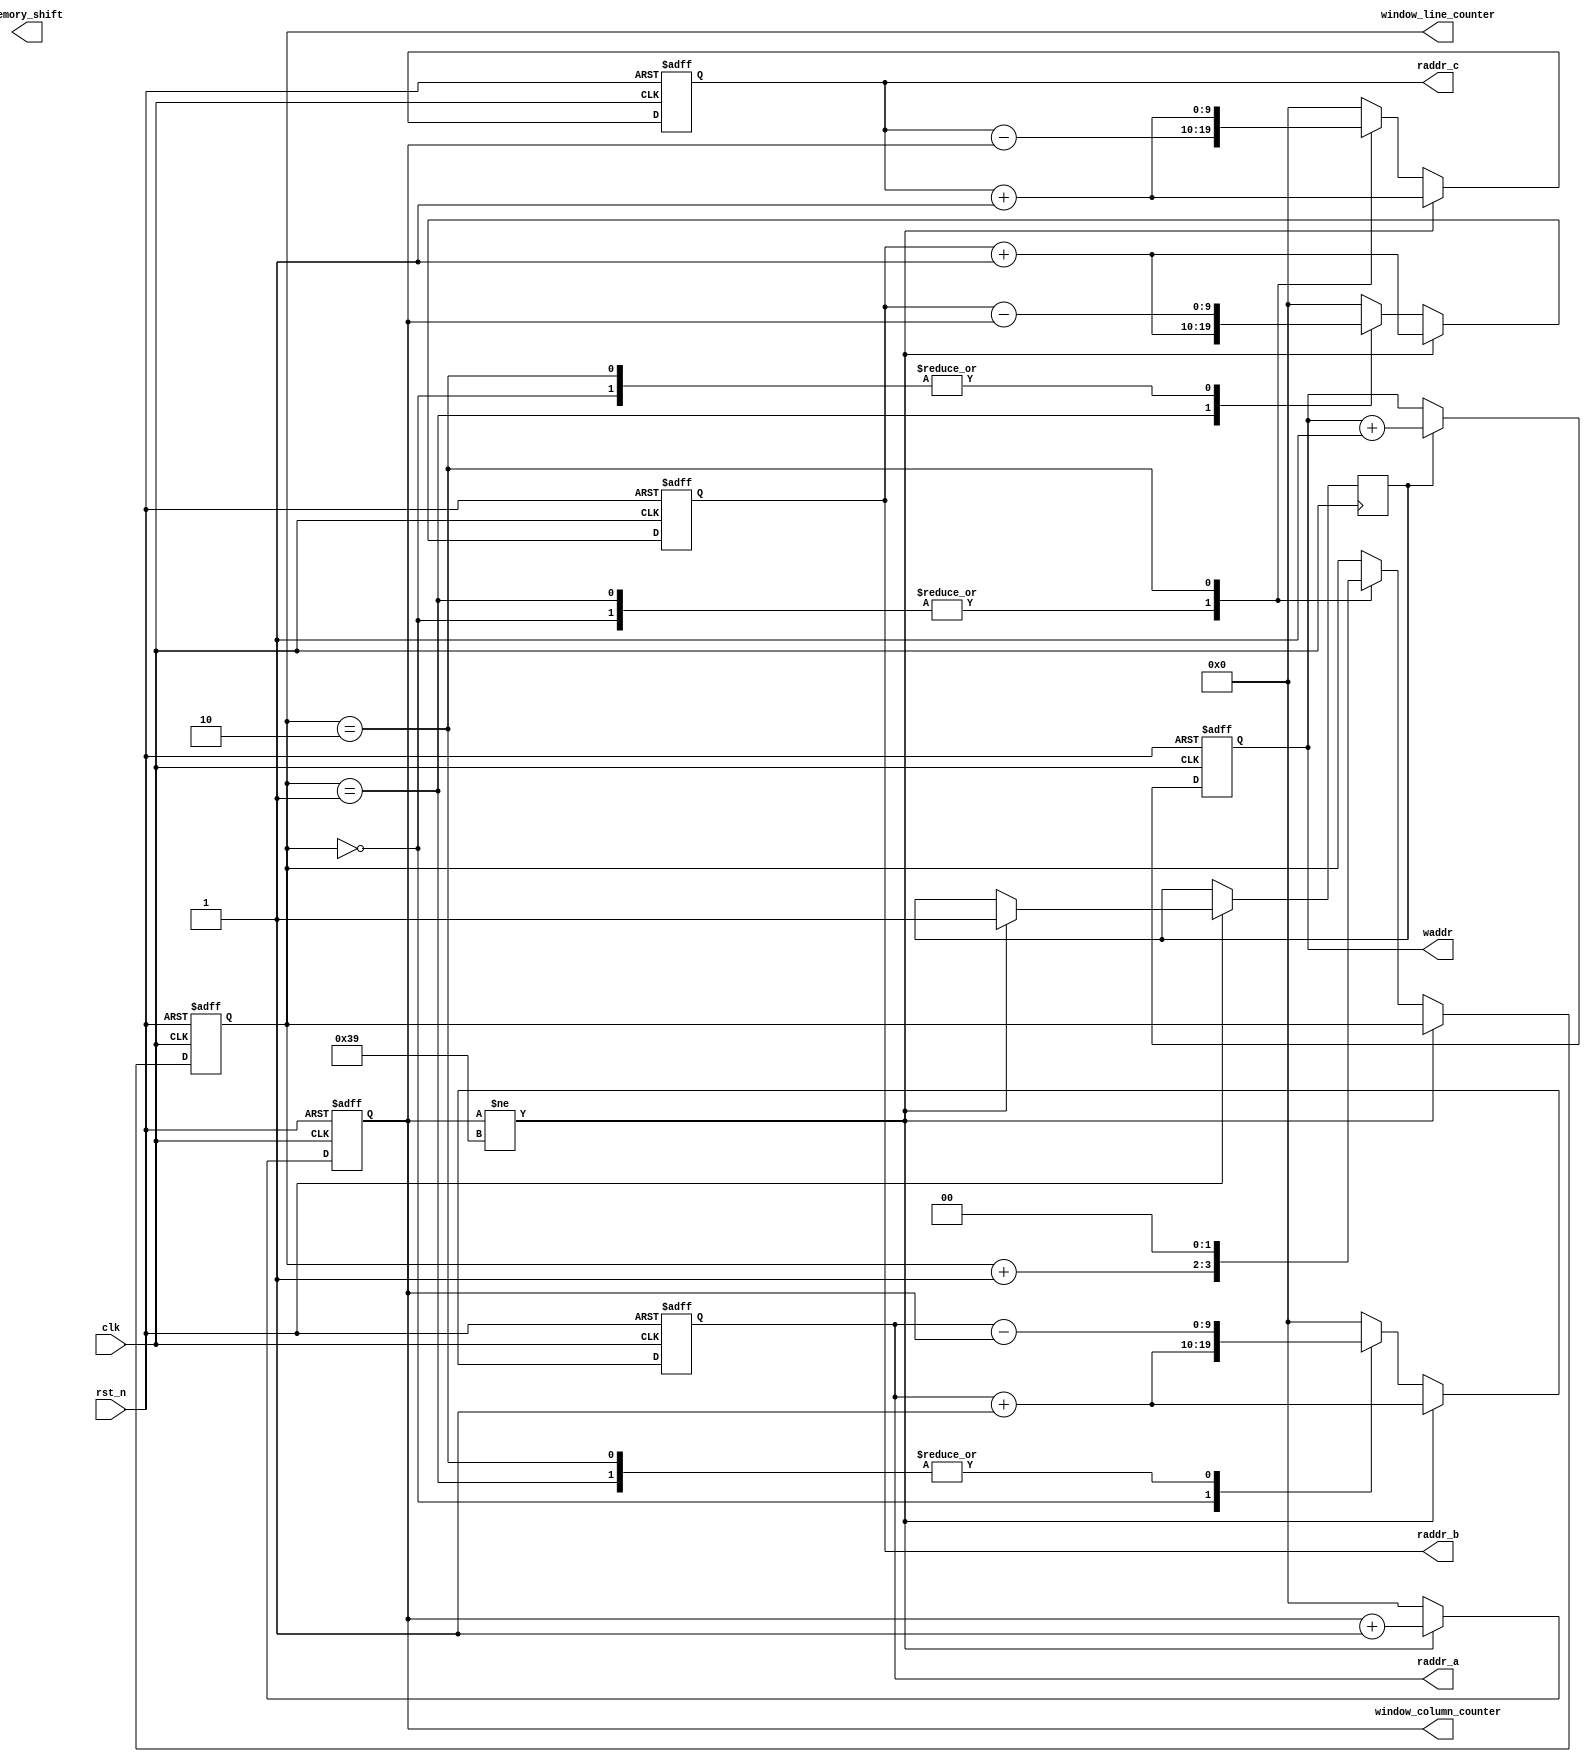
`define DEBUG

module state_machine
#(
    parameter LUT_ADDR_WIDTH = 10,
    parameter IMG_WIDTH = 234,
    parameter IMG_HEIGHT = 234
)(
    input clk, // Clock
    input rst_n, // Asynchronous reset active low

    output reg [LUT_ADDR_WIDTH-1:0] raddr_a,
    output reg [LUT_ADDR_WIDTH-1:0] raddr_b,
    output reg [LUT_ADDR_WIDTH-1:0] raddr_c,
    output reg [LUT_ADDR_WIDTH-1:0] waddr,
    output reg [1:0] window_line_counter,
    output reg [9:0] window_column_counter,
    output reg [9:0] memory_shift
);

    reg valid;

    always @(posedge clk or negedge rst_n)
    begin : out_memory_counter
        if(~rst_n) begin
            waddr <= {LUT_ADDR_WIDTH{1'b0}};
        end else if(valid) begin
            waddr <= waddr + 1'b1;
        end
    end

    always @(posedge clk or negedge rst_n)
    begin : addr_counter
        if(~rst_n) begin
            window_column_counter <= 10'd0;
            window_line_counter <= 2'b00;
            raddr_a <= {LUT_ADDR_WIDTH{1'b0}};
            raddr_b <= {LUT_ADDR_WIDTH{1'b0}};
            raddr_c <= {LUT_ADDR_WIDTH{1'b0}};
        end else begin
            if(window_column_counter != ((IMG_WIDTH/4)-1)) begin
                window_column_counter <= window_column_counter + 1'b1;
                valid <= 1'b1;
                raddr_a <= raddr_a + 1'b1;
                raddr_b <= raddr_b + 1'b1;
                raddr_c <= raddr_c + 1'b1;
            end else begin
                window_column_counter <= 10'd0;
                case (window_line_counter)
                    2'b00 :
                    begin
                        raddr_a <= raddr_a + 1'b1;
                        raddr_b <= raddr_b - window_column_counter;
                        raddr_c <= raddr_c - window_column_counter;
                        window_line_counter = window_line_counter + 1'b1;
                    end
                    2'b01 :
                    begin
                        raddr_b <= raddr_b + 1'b1;
                        raddr_a <= raddr_a - window_column_counter;
                        raddr_c <= raddr_c - window_column_counter;
                        window_line_counter = window_line_counter + 1'b1;
                    end
                    2'b10 :
                    begin
                        raddr_b <= raddr_b - window_column_counter;
                        raddr_a <= raddr_a - window_column_counter;
                        raddr_c <= raddr_c + 1'b1;
                        window_line_counter = 2'b00;
                    end
                    default :
                    begin
                        raddr_a <= {LUT_ADDR_WIDTH{1'b0}};
                        raddr_b <= {LUT_ADDR_WIDTH{1'b0}};
                        raddr_c <= {LUT_ADDR_WIDTH{1'b0}};
                    end
                endcase
            end
        end
    end

endmodule